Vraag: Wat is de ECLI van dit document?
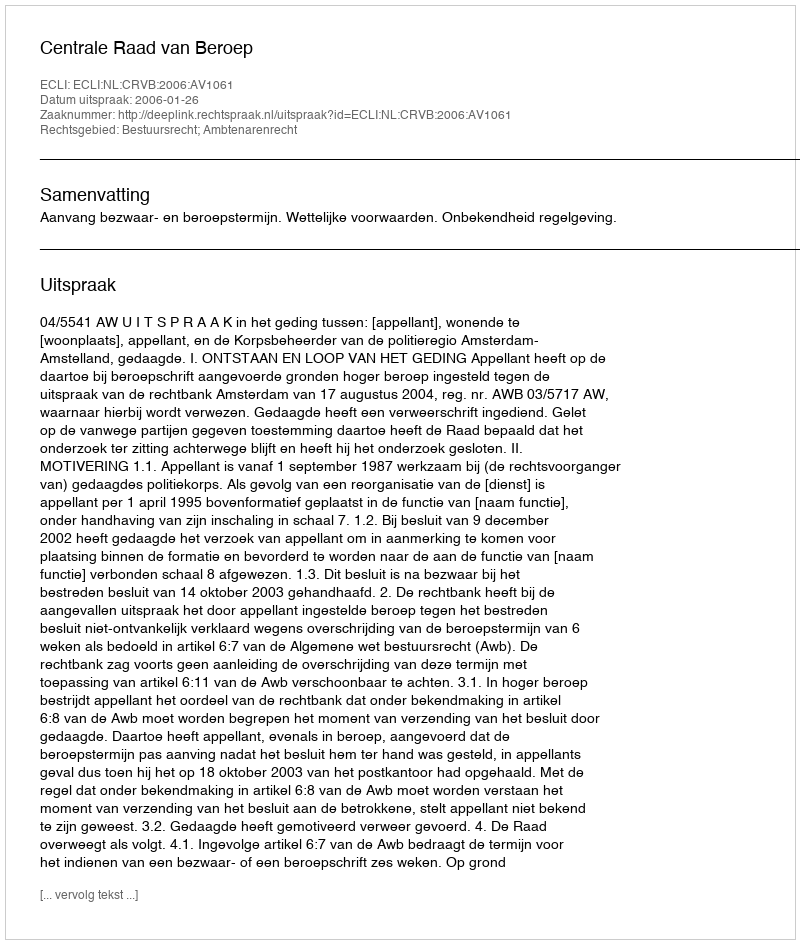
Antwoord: ECLI:NL:CRVB:2006:AV1061